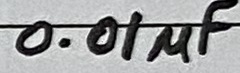
Text: 0.01µF